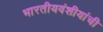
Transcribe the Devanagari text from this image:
भारतीयवंशीयांची